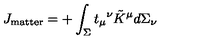
J _ { \mathrm { m a t t e r } } = + \int _ { \Sigma } t _ { \mu } { } ^ { \nu } \tilde { K } ^ { \mu } d \Sigma _ { \nu }